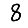
Digit: 8